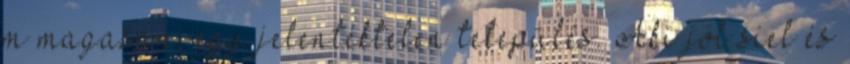
m magasan, egy jelentéktelen település. Aki jól síel és